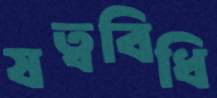
ষত্ববিধি